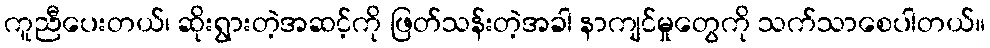
ကူညီပေးတယ်၊ ဆိုးရွားတဲ့အဆင့်ကို ဖြတ်သန်းတဲ့အခါ နာကျင်မှုတွေကို သက်သာစေပါတယ်။